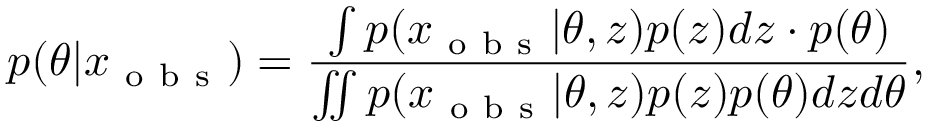
p ( \theta | x _ { \mathrm { ~ o ~ b ~ s ~ } } ) = \frac { \int p ( x _ { \mathrm { ~ o ~ b ~ s ~ } } | \theta , z ) p ( z ) d z \cdot p ( \theta ) } { \iint p ( x _ { \mathrm { ~ o ~ b ~ s ~ } } | \theta , z ) p ( z ) p ( \theta ) d z d \theta } ,